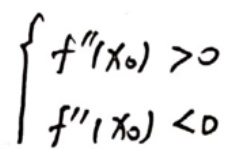
\[
\begin{cases}
f''(x_0) > 0 \\
f'''(x_0) < 0
\end{cases}
\]